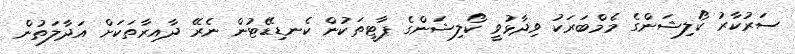
ސަރުކާރު ކޯލިޝަންގެ މެމްބަރަކު ވިދާޅުވީ ކޯލިޝަންގެ ޕާޓީތަކުން ކެނޑިޑޭޓުން ނެރޭ ދާއިރާތަކަށް އަދާލަތުން